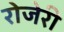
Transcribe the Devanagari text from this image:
रोजेरी